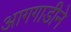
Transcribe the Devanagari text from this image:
आगगाडीने